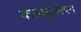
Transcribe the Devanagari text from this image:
कठमुल्लेपन